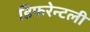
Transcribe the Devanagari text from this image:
डिफरेन्टली